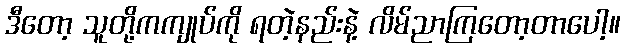
ဒီတော့ သူတို့ကကျုပ်ကို ရတဲ့နည်းနဲ့ လိမ်ညာကြတော့တာပေါ့။